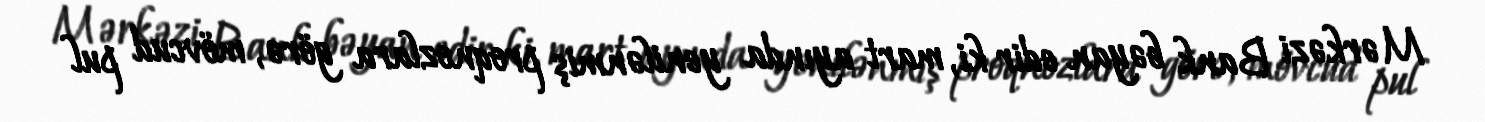
Mərkəzi Bank bəyan edir ki, mart ayında yenilənmiş proqnozlara görə, mövcud pul